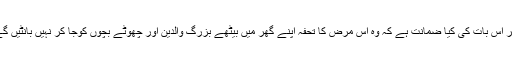
مگر اس بات کی کیا ضمانت ہے کہ وہ اس مرض کا تحفہ اپنے گھر میں بیٹھے بزرگ والدین اور چھوٹے بچوں کوجا کر نہیں بانٹیں گے؟